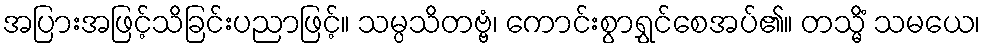
အပြားအဖြင့်သိခြင်းပညာဖြင့်။ သမ္ပသိတဗ္ဗံ၊ ကောင်းစွာရွှင်စေအပ်၏။ တသ္မိံ သမယေ၊